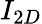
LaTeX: I_{2D}